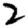
Digit: 2